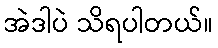
အဲဒါပဲ သိရပါတယ်။